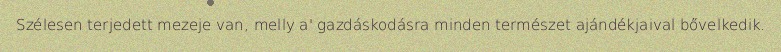
Szélesen terjedett mezeje van, melly a' gazdáskodásra minden természet ajándékjaival bővelkedik.